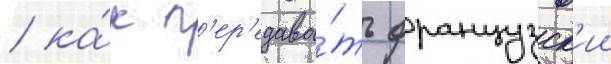
/ ка́к п'ер'едава́ть французск'ии